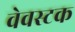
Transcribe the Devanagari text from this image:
वेवस्टक